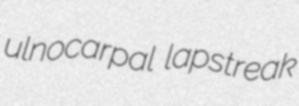
ulnocarpal lapstreak